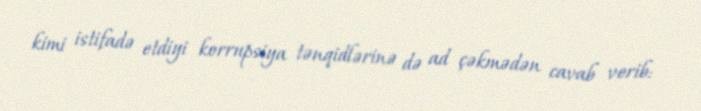
kimi istifadə etdiyi korrupsiya tənqidlərinə də ad çəkmədən cavab verib: